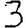
Digit: 3